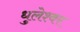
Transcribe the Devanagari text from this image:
धुलेश्वर